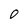
Character: O